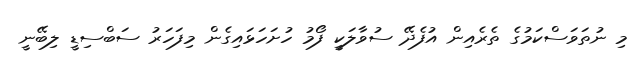
މި ނުތަވަސްކަމުގެ ތެރެއިން އުފެދޭ ސުވާލަކީ ފޯމު ހުށަހަޅައިގެން މިފަހަރު ސަބްސިޑީ ލިބޭނީ